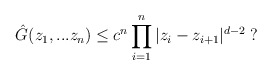
\begin{align*}\hat{G}(z_1,...z_n)\leq c^n\prod_{i=1}^n|z_i-z_{i+1}|^{d-2} \;?\end{align*}